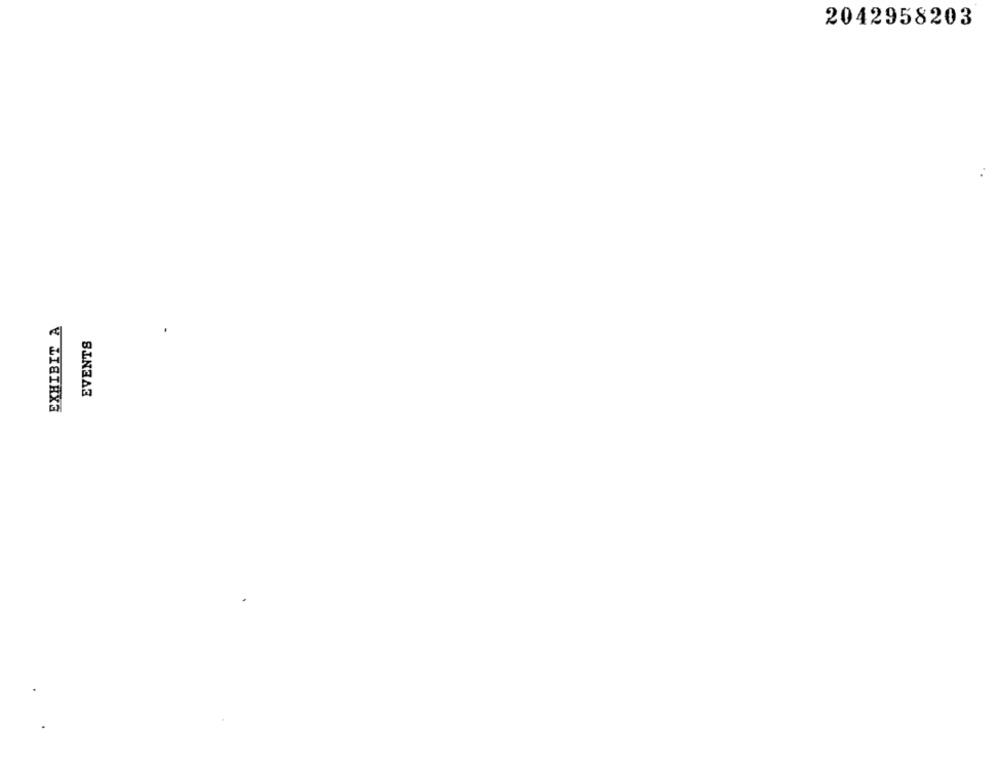
2042958203
EVENTS
₹ LISIHXG